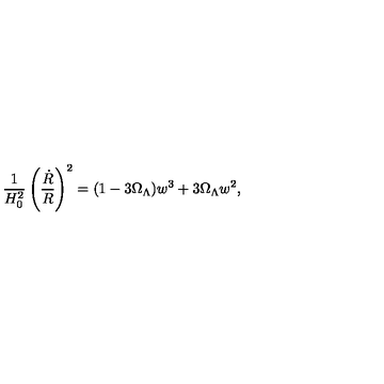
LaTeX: \frac { 1 } { H _ { 0 } ^ { 2 } } \left( \frac { \dot { R } } { R } \right) ^ { 2 } = ( 1 - 3 { \Omega } _ { \Lambda } ) w ^ { 3 } + 3 { \Omega } _ { \Lambda } w ^ { 2 } ,